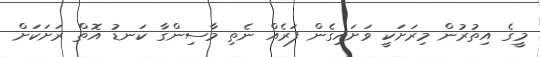
މީގެ އިތުރުން މިރަށަކީ ވަށައިގެން ފަރެއް ނެތި މާސިންގާ ކަނޑު އޮތް ރަށަކަށް